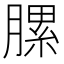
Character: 䐯